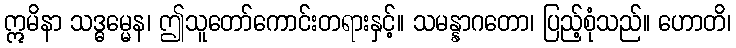
ဣမိနာ သဒ္ဓမ္မေန၊ ဤသူတော်ကောင်းတရားနှင့်။ သမန္နာဂတော၊ ပြည့်စုံသည်။ ဟောတိ၊